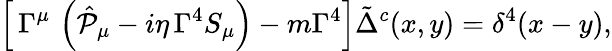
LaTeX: \left[\, \Gamma^{\mu}\, \left(\hat{{\cal P}}_{\mu}-i\eta\, \Gamma^{4}S_{\mu}\right)-m\Gamma^{4}\right]\tilde{\Delta}^{c}(x,y)=\delta^{4}(x-y),